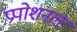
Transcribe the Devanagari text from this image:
प्रपोशनल